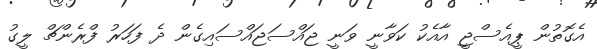
އެގޮތުން ޕީއެސްޖީ އާއެކު ކަވާނީ ވަނީ ޖައްސަޖައްސައިގެން ދެ ފަހަރު ފްރެންޗް ލީގު